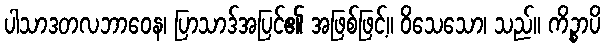
ပါသာဒတလဘာဝေန၊ ပြာသာဒ်အပြင်၏ အဖြစ်ဖြင့်။ ဝိသေသော၊ သည်။ ကိဉ္စာပိ